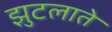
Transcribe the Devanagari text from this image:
झुटलाते